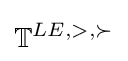
\mathbb {T} ^{LE,>,\succ }